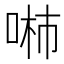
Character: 𱓖